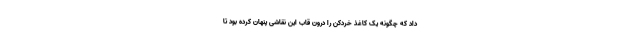
داد که چگونه یک کاغذ خردکن را درون قاب این نقاشی پنهان کرده بود تا